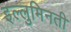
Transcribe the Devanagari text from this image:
इल्लुमिनती